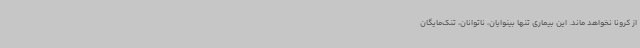
از کرونا نخواهد ماند. این بیماری تنها بینوایان، ناتوانان، تنک‌مایگان